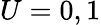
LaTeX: U=0,1